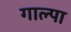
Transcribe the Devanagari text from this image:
गाल्पा